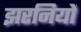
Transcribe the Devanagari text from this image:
झरनियों